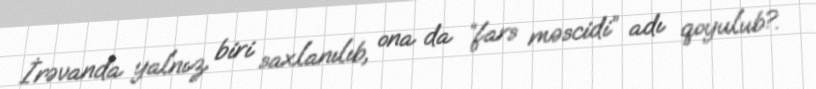
İrəvanda yalnız biri saxlanılıb, ona da “fars məscidi” adı qoyulub?.